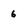
Character: 6